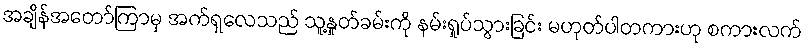
အချိန်အတော်ကြာမှ အက်ရှလေသည် သူ့နှုတ်ခမ်းကို နမ်းရှုပ်သွားခြင်း မဟုတ်ပါတကားဟု စကားလက်